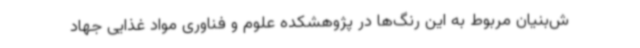
ش‌بنیان مربوط به این رنگ‌ها در پژوهشکده علوم و فناوری مواد غذایی جهاد